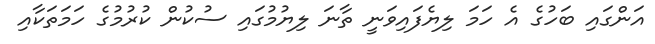
އަންގައި ބަހުގެ އެ ހަމަ ލިޔެފައިވަނީ ތާނަ ލިޔުމުގައި ސުކުން ކުރުމުގެ ހަމަތަކާއި